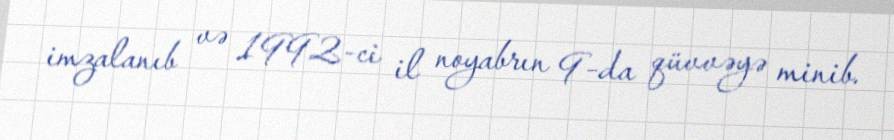
imzalanıb və 1992-ci il noyabrın 9-da qüvvəyə minib.